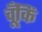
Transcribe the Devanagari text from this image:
चूँकिं